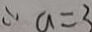
\therefore a = 3